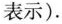
表示)。